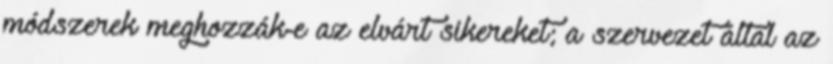
módszerek meghozzák-e az elvárt sikereket; a szervezet által az